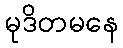
မုဒိတမနေ